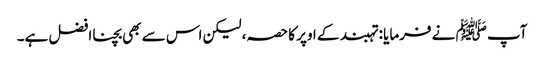
آپ ﷺ نے فرمایا : تہبند کے اوپر کا حصہ، لیکن اس سے بھی بچنا افضل ہے۔